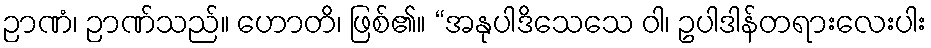
ဉာဏံ၊ ဉာဏ်သည်။ ဟောတိ၊ ဖြစ်၏။ “အနုပါဒိသေသေ ဝါ၊ ဥပါဒါန်တရားလေးပါး